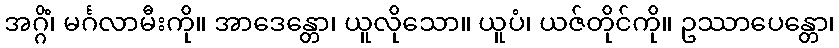
အဂ္ဂိံ၊ မင်္ဂလာမီးကို။ အာဒေန္တော၊ ယူလိုသော။ ယူပံ၊ ယဇ်တိုင်ကို။ ဥဿာပေန္တော၊